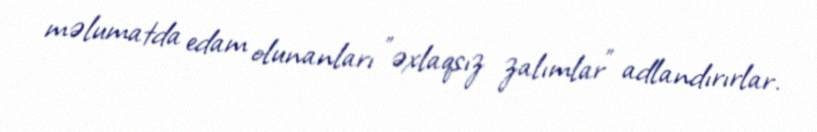
məlumatda edam olunanları "əxlaqsız zalımlar" adlandırırlar.